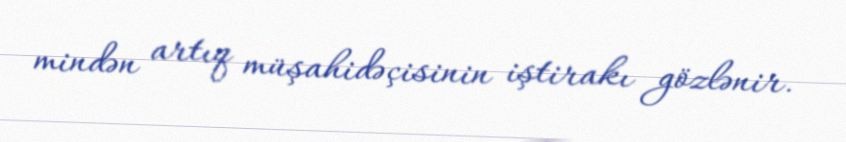
mindən artıq müşahidəçisinin iştirakı gözlənir.